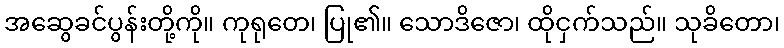
အဆွေခင်ပွန်းတို့ကို။ ကုရုတေ၊ ပြု၏။ သောဒိဇော၊ ထိုငှက်သည်။ သုခိတော၊